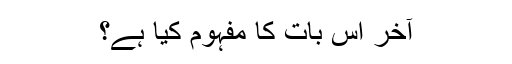
آخر اس بات کا مفہوم کیا ہے؟